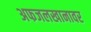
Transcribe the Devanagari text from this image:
अफजलखानावर